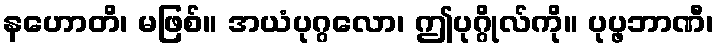
နဟောတိ၊ မဖြစ်။ အယံပုဂ္ဂလော၊ ဤပုဂ္ဂိုလ်ကို။ ပုပ္ဖဘာဏီ၊